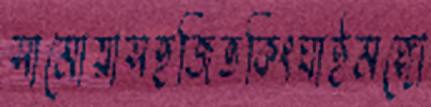
সামোয়াসহজিভকিংঘাইমঙ্গো